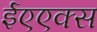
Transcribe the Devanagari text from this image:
ईएएक्स